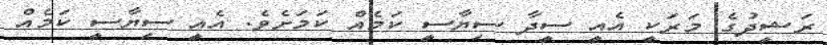
ރަޝީދުގެ މަރަކީ އެއީ ސީދާ ސިޔާސީ ކަމެއް ކަމަށެވެ. އެއީ ސިޔާސީ ކަމެއް